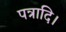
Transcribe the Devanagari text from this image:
पत्रादि।